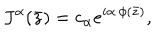
J ^ { \alpha } ( \bar { z } ) = c _ { \alpha } e ^ { i \alpha \cdot \phi ( \bar { z } ) } ,